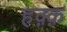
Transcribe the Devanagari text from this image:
हक़्क़